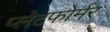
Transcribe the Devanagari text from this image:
प्लेटफोर्मर